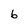
Character: 6